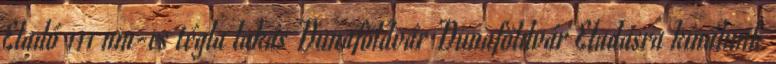
Eladó 111 nm-es tégla lakás Dunaföldvár Dunaföldvár Eladásra kínálunk